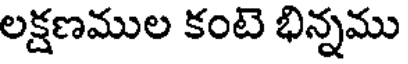
లక్షణముల కంటె భిన్నము